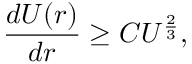
\frac { d U ( r ) } { d r } \geq C U ^ { \frac { 2 } { 3 } } ,